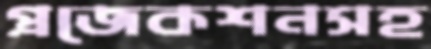
প্রজেকশনসহ